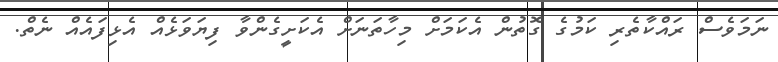
ނަމަވެސް ރައްކާތެރި ކަމުގެ ގޮތުން އެކަމަށް މިހާތަނަށް އެކަށީގެންވާ ފިޔަވަޅެއް އެޅިފައެއް ނެތް.